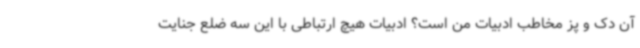
آن دک و پز مخاطب ادبیات من است؟ ادبیات هیچ ارتباطی با این سه ضلع جنایت